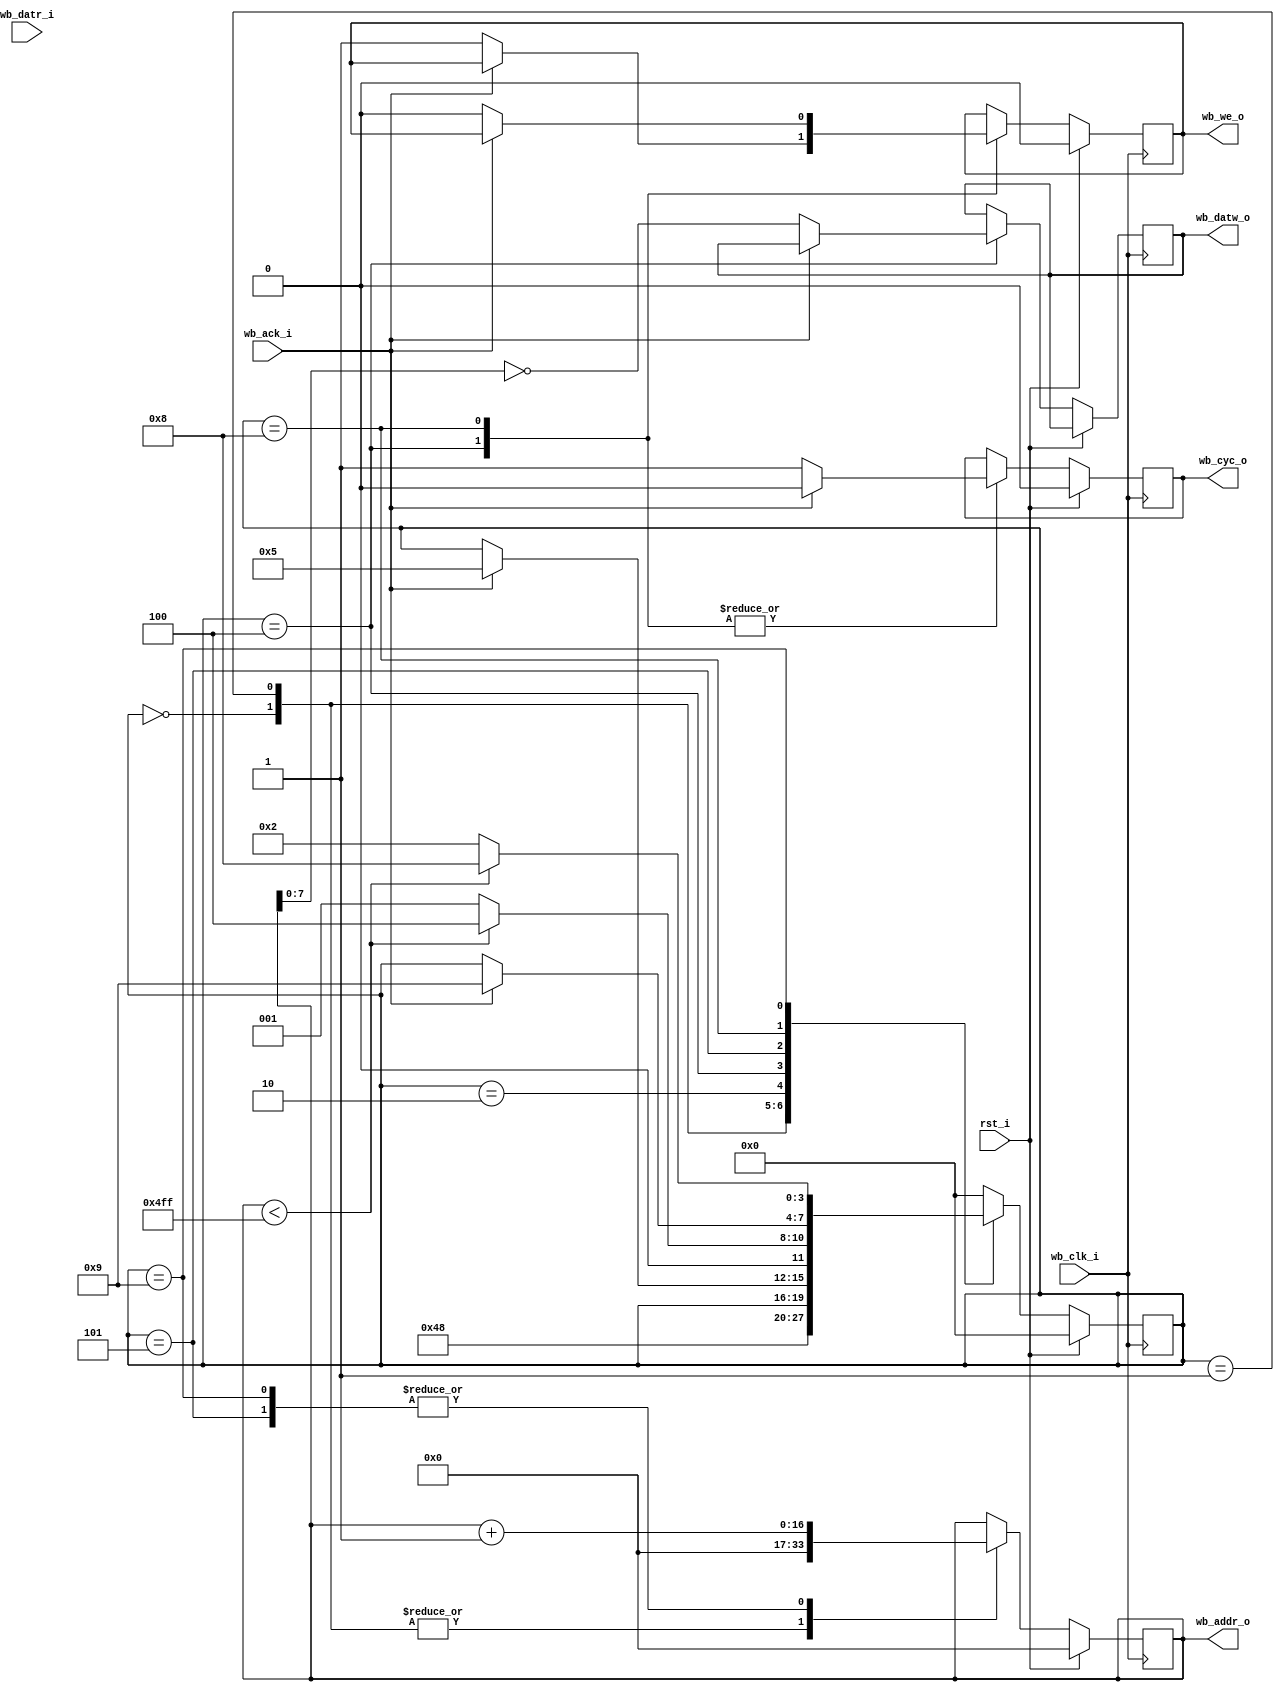
/**
 *  EK-Miniterm - Finite State Machine for SRAM unit-test
 *
 * Copyright (C) 2014 Saint-Genest Gwenael <gwen@agilack.fr>
 *
 * This is free software; you can redistribute it and/or modify it
 * under the terms of the GNU General Public License as published
 * by the Free Software Foundation; either version 2, or (at your option)
 * any later version.
 *
 * This program is distributed in the hope that it will be useful,
 * but WITHOUT ANY WARRANTY; without even the implied warranty of
 * MERCHANTABILITY or FITNESS FOR A PARTICULAR PURPOSE.  See the GNU
 * General Public License for more details.
 *
 * You should have received a copy of the GNU Library General Public
 * License along with this program; if not, write to the Free Software
 * Foundation, Inc., 51 Franklin Street, Fifth Floor, Boston, MA 02110-1301,
 * USA.
 */
`timescale 1ns / 1ps
module fsm_ut_sram(
	input         rst_i,
	input         wb_clk_i,
	output        wb_cyc_o,
	output        wb_we_o,
	input         wb_ack_i,
	output [16:0] wb_addr_o,
	input  [ 7:0] wb_datr_i,
	output [ 7:0] wb_datw_o
);

reg [ 3:0] state;
reg [16:0] wb_addr;
reg [ 7:0] wb_datw;
reg wb_cyc;
reg wb_we;
assign wb_cyc_o  = wb_cyc;
assign wb_we_o   = wb_we;
assign wb_addr_o = wb_addr;
assign wb_datw_o = wb_datw;

always @(posedge wb_clk_i)
begin
	if (rst_i == 1'b1) begin
		state   <= 4'd0;
		wb_cyc  <= 1'b0;
		wb_we   <= 1'b0;
		wb_addr <= 17'b0;
	end else begin
		case(state)
			4'b0000: begin
				wb_addr <= 17'b00;
				state   <= 4'h4;
			end
			4'h1: begin
				wb_addr <= 17'b00;
				state   <= 4'h8;
			end
			4'h2: begin
				//
			end
			
			// Write
			4'h4: begin
				if (wb_ack_i == 1'b0) begin
					wb_datw <= ~(wb_addr[7:0]);
					wb_cyc  <= 1'b1;
					wb_we   <= 1'b1;
				end else begin
					wb_cyc <= 1'b0;
					state  <= 4'h5;
				end
			end
			4'h5: begin
				wb_addr <= wb_addr + 17'd1;
				if (wb_addr < 17'h004FF)
					state  <= 4'h4;
				else
					state  <= 4'h1;
			end

			// Read
			4'h8: begin
				if (wb_ack_i == 1'b0) begin
					wb_cyc  <= 1'b1;
					wb_we   <= 1'b0;
				end else begin
					wb_cyc <= 1'b0;
					state  <= 4'h9;
				end
			end
			4'h9: begin
				wb_addr <= wb_addr + 17'd1;
				if (wb_addr < 17'h004FF)
					state  <= 4'h8;
				else
					state  <= 4'h2;
			end
			
			default: begin
				state <= 4'h0;
			end
		endcase
	end
end

endmodule